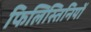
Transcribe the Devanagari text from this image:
फिलिस्तिनियों